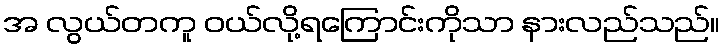
အ လွယ်တကူ ဝယ်လို့ရကြောင်းကိုသာ နားလည်သည်။